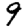
Digit: 9